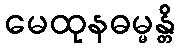
မေထုနဓမ္မန္တိ